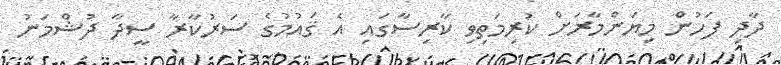
ދާދި ފަހުން މިޔަންމާރަށް ކުރިމަތިވި ކާރިސާގައި އެ ޤައުމުގެ ސަރުކާރާ ސީދާ ދުޝްމަނު